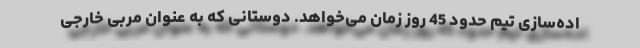
اده‌سازی تیم حدود 45 روز زمان می‌خواهد. دوستانی که به عنوان مربی خارجی